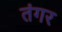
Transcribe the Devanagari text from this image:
तंगर